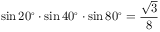
\sin 2 0 ^ { \circ } \cdot \sin 4 0 ^ { \circ } \cdot \sin 8 0 ^ { \circ } = { \frac { \sqrt { 3 } } { 8 } }